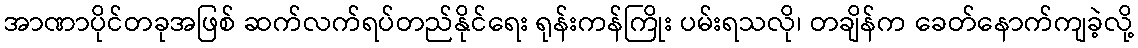
အာဏာပိုင်တခုအဖြစ် ဆက်လက်ရပ်တည်နိုင်ရေး ရုန်းကန်ကြိုး ပမ်းရသလို၊ တချိန်က ခေတ်နောက်ကျခဲ့လို့